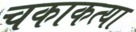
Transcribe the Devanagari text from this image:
चकाकत्या